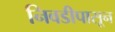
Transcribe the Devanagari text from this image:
निवडीपासून